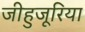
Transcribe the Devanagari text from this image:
जीहुजूरिया